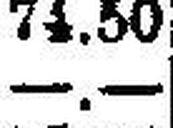
—.—